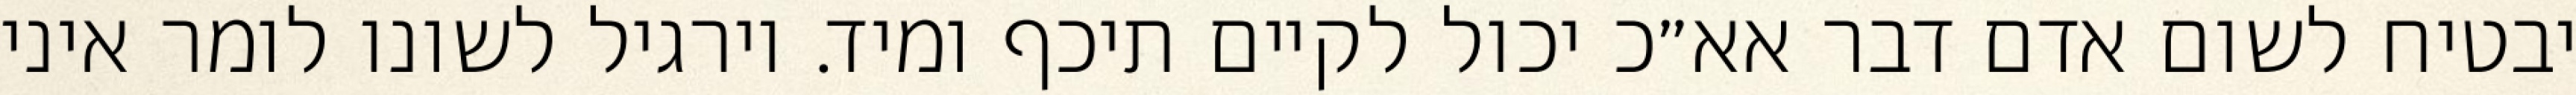
יבטיח לשום אדם דבר אא״כ יכול לקיים תיכף ומיד. וירגיל לשונו לומר איני